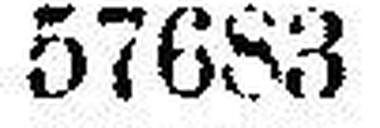
57683